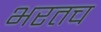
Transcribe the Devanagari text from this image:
भरतच